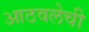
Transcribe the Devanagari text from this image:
आठवलेची